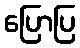
ပြောပြ